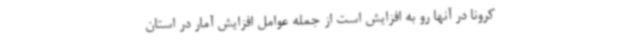
کرونا در آنها رو به افزایش است از جمله عوامل افزایش آمار در استان